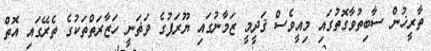
ތާރީޚުން ސާބިތުވާގޮތުގައި މިއީވެސް ޤަދީމީ ޒަމާނުގައި ޔޫރަޕުގެ ވަޡަނީ ހަޒާރަތްތަކުގެ ތެރޭގައި އޮތް